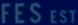
FESEST